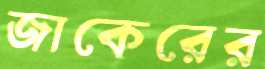
জাকেরের